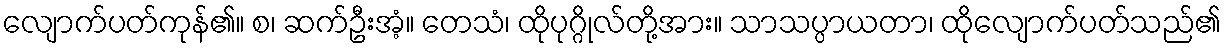
လျောက်ပတ်ကုန်၏။ စ၊ ဆက်ဦးအံ့။ တေသံ၊ ထိုပုဂ္ဂိုလ်တို့အား။ သာသပ္ပာယတာ၊ ထိုလျောက်ပတ်သည်၏